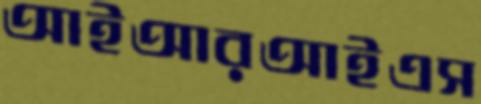
আইআরআইএস